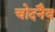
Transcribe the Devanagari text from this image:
चोदनैव